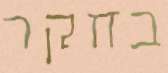
בחקר